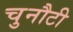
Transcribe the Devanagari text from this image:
चुनौटी